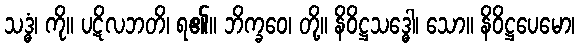
သဒ္ဓံ၊ ကို။ ပဋိလဘတိ၊ ရ၏။ ဘိက္ခဝေ၊ တို့။ နိဝိဋ္ဌသဒ္ဓေါ၊ သော။ နိဝိဋ္ဌပေမော၊